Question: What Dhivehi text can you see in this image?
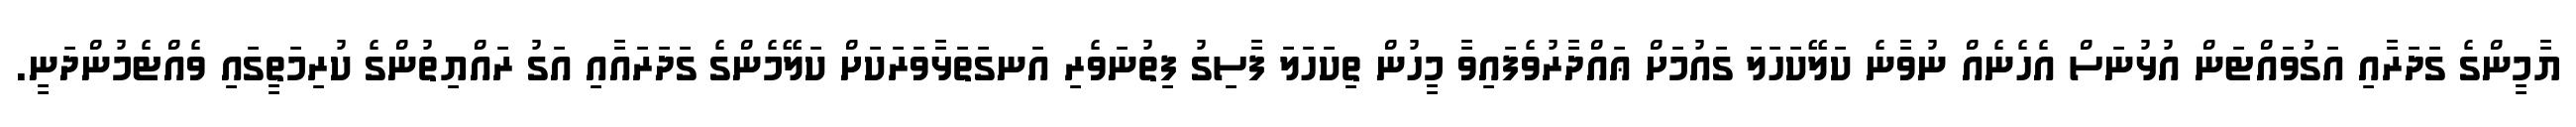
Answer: ޔާމީންގެ ގަދަރާއި އަގުވައްޓަން އުޅުނަސް އެހެނެއް ނުވާނެ ކަލޭކަހަލަ ގައުމަށް ޢައްދާރުވެފައިވާ މީހުން ތިކަހަލަ ފާސިގު ފިތުނަވެރި އަނގަތަޅާވަރަކަށް ކަލޭމެންގެ ގަދަރައާއި އަގު ރައްޔިތުންގެ ކުރިމަތީގައި ވެއްޓެމުންދަނީ.